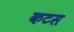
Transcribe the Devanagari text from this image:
कटस